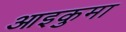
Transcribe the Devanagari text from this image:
आइकुमा